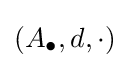
(A_{\bullet },d,\cdot )